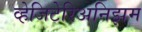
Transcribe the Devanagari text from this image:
व्हेजिटेरिअनिझम